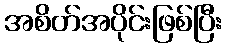
အစိတ်အပိုင်းဖြစ်ပြီး